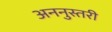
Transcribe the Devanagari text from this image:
अननुस्तरी